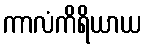
ကာလံကိရိယာယ